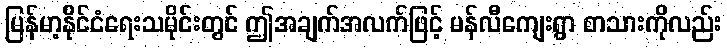
မြန်မာ့နိုင်ငံရေးသမိုင်းတွင် ဤအချက်အလက်ဖြင့် မန်လီကျေးရွာ စာသားကိုလည်း